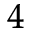
_ { 4 }